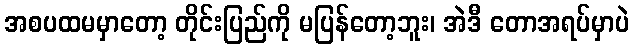
အစပထမမှာတော့ တိုင်းပြည်ကို မပြန်တော့ဘူး၊ အဲဒီ တောအရပ်မှာပဲ